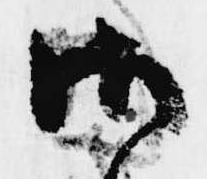
御